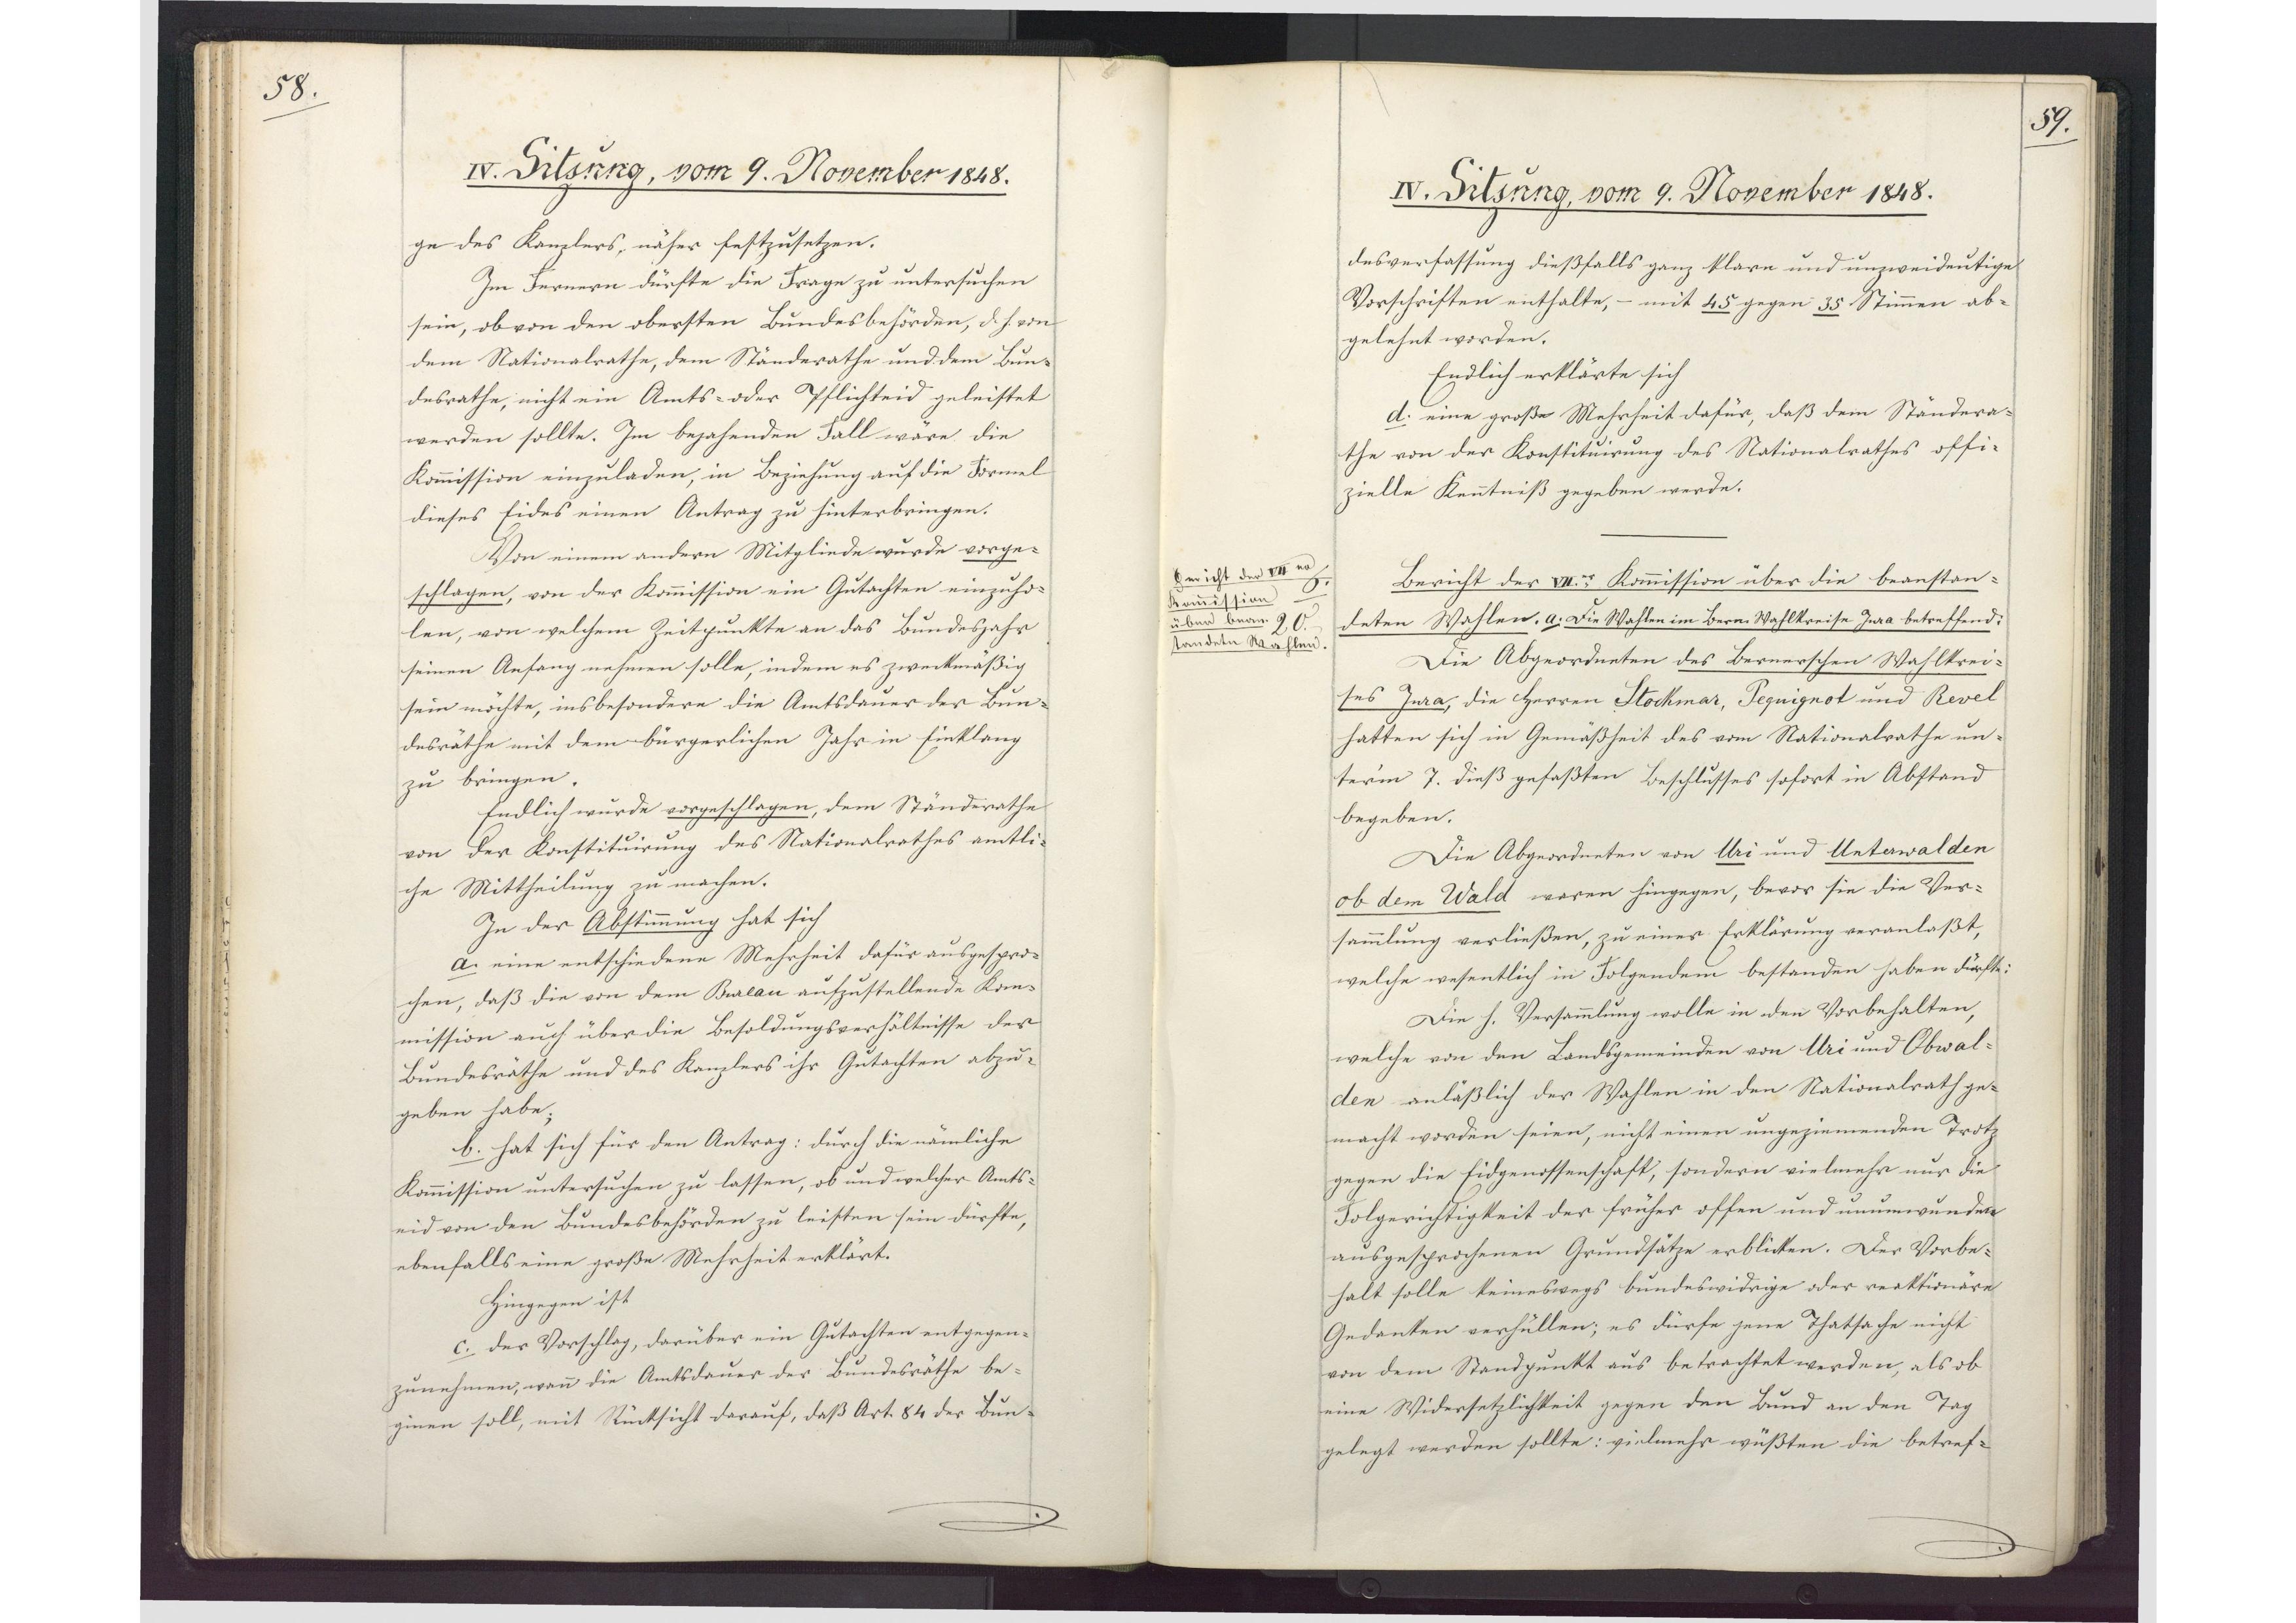
58.

IV. Sitzung,  vom 9. November 1848.

ge des Kanzlers, näher festzusetzen.
Im Fernern dürfte die Frage zu untersuchen
sein, ob von den obersten Bundesbehörden, d.h. von
dem Nationalrathe, dem Ständerathe und dem Bun¬
desrathe, nicht ein Amts- oder Pflichteid geleistet
werden sollte. Im bejahenden Fall wäre die
Kommission einzuladen, in Beziehung auf die Formel
dieses Eides einen Antrag zu hinterbringen.
Von einem andern Mitgliede wurde vorge¬
schlagen, von der Kommission ein Gutachten einzuho¬
len, von welchem Zeitpunkte an das Bundesjahr
seinen Anfang nehmen solle, indem es zweckmäßig
sein möchte, insbesondere die Amtsdauer der Bun¬
desräthe mit dem bürgerlichen Jahr in Einklang
zu bringen.
Endlich wurde vorgeschlagen, dem Ständerathe
von der Konstituirung des Nationalrathes amtli¬
che Mittheilung zu machen.
In der Abstimmung hat sich
a. eine entschiedene Mehrheit dafür ausgespro¬
chen, daß die von dem Bureau aufzustellende Kom¬
mission auch über die Besoldungsverhältnisse der
Bundesräthe und des Kanzlers ihr Gutachten abzu¬
geben habe.
b. hat sich für den Antrag: durch die nämliche
Kommission untersuchen zu lassen, ob und welcher Amts¬
eid von den Bundesbehörden zu leisten sein dürfte,
ebenfalls eine große Mehrheit erklärt.
Hingegen ist
c. der Vorschlag, darüber ein Gutachten entgegen¬
zunehmen, wann die Amtsdauer der Bundesräthe be¬
ginen soll, mit Rücksicht darauf, daß Art. 84 der Bun¬

59.

IV. Sitzung, vom 9. November 1848.

desverfassung dießfalls ganz klare und unzweideutige
Vorschriften enthalte, - mit 45 gegen 35 Stimmen ab¬
gelehnt worden.
Endlich erklärte sich
d. eine große Mehrheit dafür, daß dem Ständera¬
the von der Konstituirung des Nationalrathes offi¬
zielle Kenntniß gegeben werde.
Bericht der VIIer Kommission über die beanstan¬
deten Wahlen. a. Die Wahlen im Bern Wahlkreise Jura betreffend:
Die Abgeordneten des Bernerschen Wahlkrei¬
ses Jura, die Herren Stockmar, Pequignot und Revel
hatten sich in Gemäßheit des vom Nationalrathe un¬
term 7. dieß gefaßten Beschlusses sofort in Abstand
begeben.
Die Abgeordneten von Uri und Unterwalden
ob dem Wald waren hingegen, bevor sie die Ver¬
sammlung verließen, zu einer Erklärung veranlaßt,
welche wesentlich in Folgendem bestanden haben dürfte:
Die h. Versammlung wolle in den Vorbehalten,
welche von den Landsgemeinden von Uri und Obwal¬
den anläßlich der Wahlen in den Nationalrath ge¬
macht worden seien, nicht einen ungeziemenden Trotz
gegen die Eidgenossenschaft, sondern vielmehr nur die
Folgerichtigkeit der früher offen und unumwunden
ausgesprochenen Grundsätze erblicken. Der Vorbe¬
halt solle keineswegs bundeswidrige oder reaktionäre
Gedanken verhüllen; es dürfe jene Thatsache nicht
von dem Standpunkt aus betrachtet werden, als ob
eine Widersetzlichkeit gegen den Bund an den Tag
gelegt werden sollte: vielmehr wüßten die betref¬

6.
Bericht der VIIer
Kommission
über bean¬
standete Wahlen.
20.